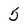
Character: 5